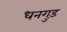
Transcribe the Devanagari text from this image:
धनगुड़